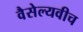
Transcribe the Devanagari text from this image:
वैसेल्यवीच